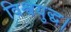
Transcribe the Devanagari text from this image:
विश्वयुद्ध।